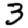
Digit: 3